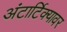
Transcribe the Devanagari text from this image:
अंटार्टिक्यावर